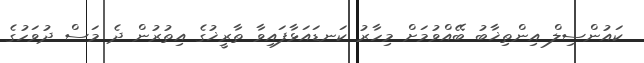
ކައުންސިލް އިންތިޚާބު ބޭއްވުމަށް މިހާރު ކަނޑައަޅާފައިވާ ތާރީޚުގެ އިތުރުން ދެ މަސް ދުވަހުގެ